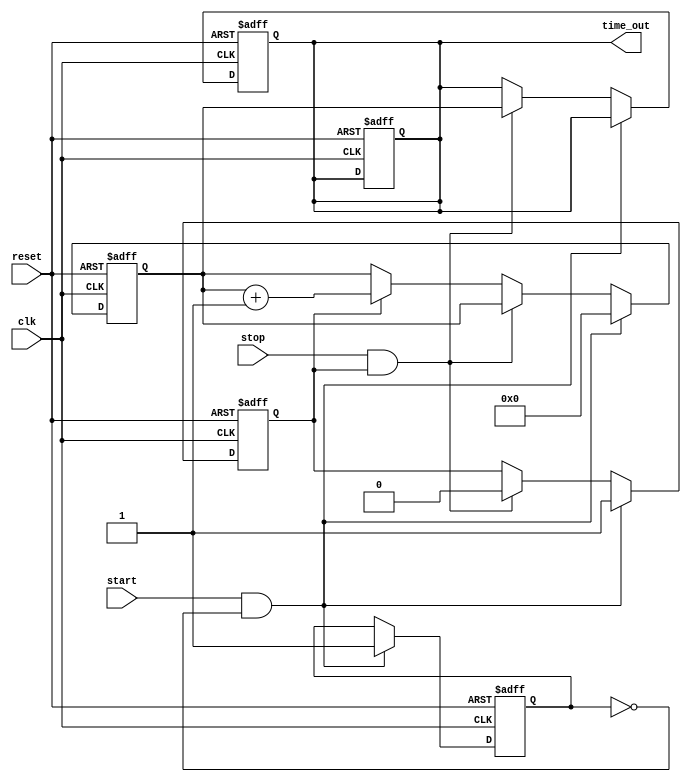
module TDC (
    input wire clk,           // High-frequency clock
    input wire reset,         // Asynchronous reset
    input wire start,         // Start signal
    input wire stop,          // Stop signal
    output reg [9:0] time_out // Output time measurement (10 bits for example)
);

    // Parameters
    parameter DELAY_STAGES = 10; // Number of delay stages
    parameter CLOCK_PERIOD = 100; // Clock period in ps (10 MHz for example)

    // Internal signals
    reg [DELAY_STAGES-1:0] delay_line; // Delay line for time measurement
    reg [9:0] counter;                  // 10-bit counter for time measurement
    reg start_detected;                 // Flag to indicate start detection
    reg stop_detected;                  // Flag to indicate stop detection
    reg measuring;                      // Flag to indicate if measuring is ongoing

    // Start and Stop signal detection
    always @(posedge clk or posedge reset) begin
        if (reset) begin
            start_detected <= 0;
            stop_detected <= 0;
            measuring <= 0;
            counter <= 0;
            time_out <= 0;
        end else begin
            if (start && !start_detected) begin
                start_detected <= 1;
                measuring <= 1; // Start measuring
                counter <= 0;   // Reset counter
            end else if (stop && measuring) begin
                stop_detected <= 1;
                measuring <= 0; // Stop measuring
                time_out <= counter; // Output the measured time
            end else if (measuring) begin
                counter <= counter + 1; // Increment counter while measuring
            end
        end
    end

    // Delay line implementation (abstracted)
    always @(posedge clk) begin
        if (measuring) begin
            // Here you would implement the delay line logic
            // For simplicity, we assume it increments the counter
            // based on the number of clock cycles
            delay_line <= {delay_line[DELAY_STAGES-2:0], 1'b1}; // Shift in a new delay
        end else begin
            delay_line <= 0; // Reset delay line when not measuring
        end
    end

    // Output buffer (tri-state buffer can be implemented if needed)
    // For this example, we are directly assigning the output
    // In a real design, you might want to use tri-state logic
    always @(posedge clk or posedge reset) begin
        if (reset) begin
            time_out <= 0;
        end else if (!measuring) begin
            // Output is valid only when not measuring
            // You can add more logic here for output control
        end
    end

endmodule